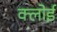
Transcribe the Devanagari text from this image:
क्लोई